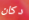
دكان